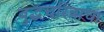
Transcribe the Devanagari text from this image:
बुद्धचरित्राचा